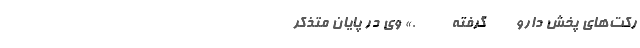
رکت‌های پخش دارو  ‌        گرفته   ‌     ‌   ‌ ‌.» وی در پایان متذکر